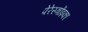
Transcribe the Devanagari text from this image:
पेरेस्त्रोंइका